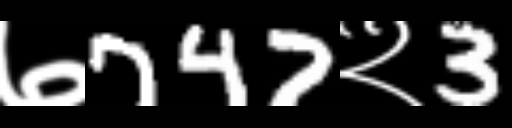
Text: ७747२3